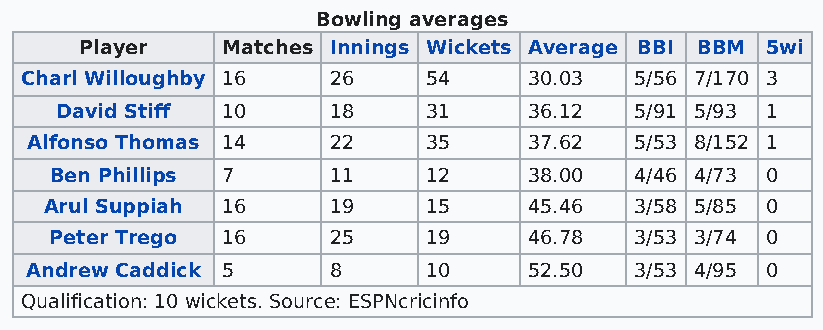
Bowling averages
 Player    Matches Innings Wickets Average BBI BBM 5wi
 Charl Willoughby 16  26    54     30.03  5/56 7/170 3
 David Stiff 10    18    31     36.12  5/91 5/93 1
 Alfonso Thomas 14   22    35     37.62  5/53 8/152 1
 Ben Phillips 7     11    12     38.00  4/46 4/73 0
 Arul Suppiah 16    19    15     45.46  3/58 5/85 0
 Peter Trego 16     25    19     46.78  3/53 3/74 0
 Andrew Caddick 5    8     10     52.50  3/53 4/95 0
 Qualification: 10 wickets. Source: ESPNcricinfo